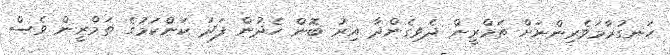
ހަނގުރާމަވެރިންނަށް ތަމްރީން ދެވިގެންދާ އިރު ބޮން ހެދުން ފަދަ ކަންކަމުގެ ތަމްރީން ވެސް